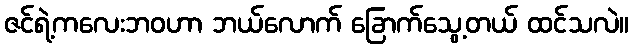
ဇင်ရဲ့ကလေးဘဝဟာ ဘယ်လောက် ခြောက်သွေ့တယ် ထင်သလဲ။